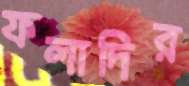
ফলাদির